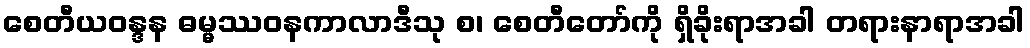
စေတီယဝန္ဒန ဓမ္မဿဝနကာလာဒီသု စ၊ စေတီတော်ကို ရှိခိုးရာအခါ တရားနာရာအခါ